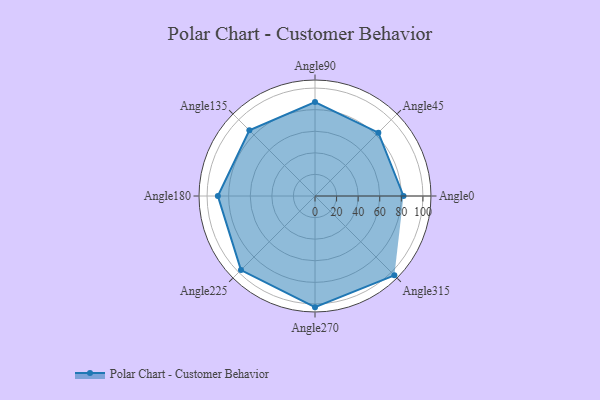
{"axis": {"x": "Angle", "y": "Radius"}, "legend": [""], "data": [{"x": "Angle0", "y": 82.0, "type": ""}, {"x": "Angle45", "y": 83.0, "type": ""}, {"x": "Angle90", "y": 87.0, "type": ""}, {"x": "Angle135", "y": 86.0, "type": ""}, {"x": "Angle180", "y": 90.0, "type": ""}, {"x": "Angle225", "y": 97.0, "type": ""}, {"x": "Angle270", "y": 103.0, "type": ""}, {"x": "Angle315", "y": 104.0, "type": ""}]}